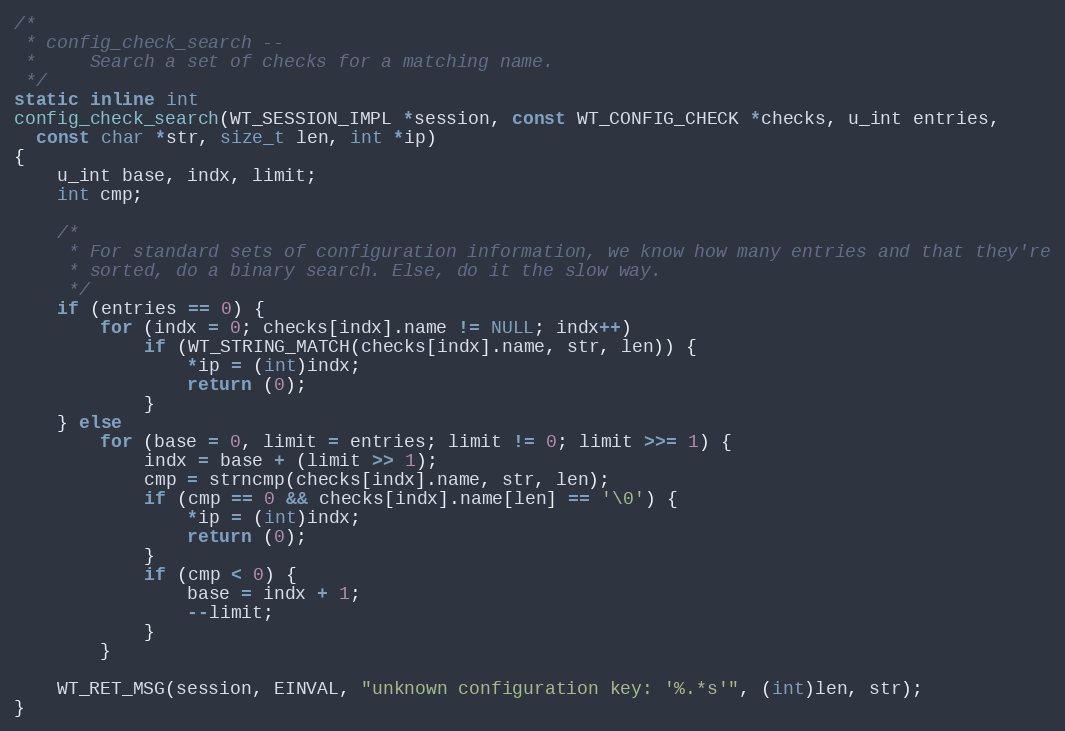
Language: C
/*
 * config_check_search --
 *     Search a set of checks for a matching name.
 */
static inline int
config_check_search(WT_SESSION_IMPL *session, const WT_CONFIG_CHECK *checks, u_int entries,
  const char *str, size_t len, int *ip)
{
    u_int base, indx, limit;
    int cmp;

    /*
     * For standard sets of configuration information, we know how many entries and that they're
     * sorted, do a binary search. Else, do it the slow way.
     */
    if (entries == 0) {
        for (indx = 0; checks[indx].name != NULL; indx++)
            if (WT_STRING_MATCH(checks[indx].name, str, len)) {
                *ip = (int)indx;
                return (0);
            }
    } else
        for (base = 0, limit = entries; limit != 0; limit >>= 1) {
            indx = base + (limit >> 1);
            cmp = strncmp(checks[indx].name, str, len);
            if (cmp == 0 && checks[indx].name[len] == '\0') {
                *ip = (int)indx;
                return (0);
            }
            if (cmp < 0) {
                base = indx + 1;
                --limit;
            }
        }

    WT_RET_MSG(session, EINVAL, "unknown configuration key: '%.*s'", (int)len, str);
}